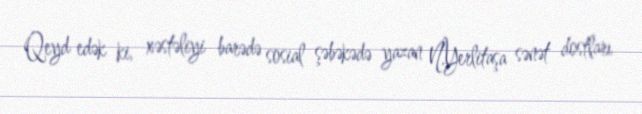
Qeyd edək ki, xəstəliyi barədə sosial şəbəkədə yazan N.Yerlitaşa sənət dostları